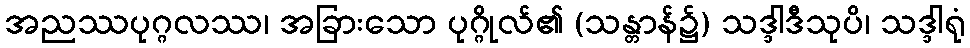
အညဿပုဂ္ဂလဿ၊ အခြားသော ပုဂ္ဂိုလ်၏ (သန္တာန်၌) သဒ္ဒါဒီသုပိ၊ သဒ္ဒါရုံ